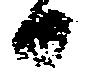
日